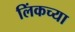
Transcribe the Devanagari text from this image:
लिंकच्या